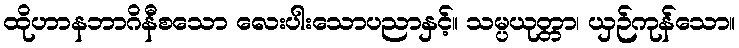
ထိုဟာနဘာဂိနီစသော လေးပါးသောပညာနှင့်။ သမ္ပယုတ္တာ၊ ယှဉ်ကုန်သော။